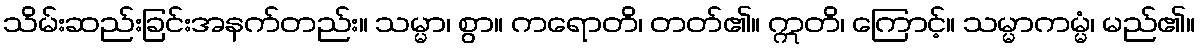
သိမ်းဆည်းခြင်းအနက်တည်း။ သမ္မာ၊ စွာ။ ကရောတိ၊ တတ်၏။ ဣတိ၊ ကြောင့်။ သမ္မာကမ္မံ၊ မည်၏။